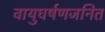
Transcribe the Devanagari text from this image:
वायुघर्षणजनित